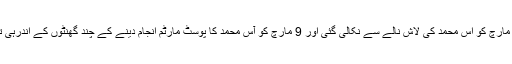
انہوں نے بتایا کہ 1 مارچ کو آس محمد کی لاش نالے سے نکالی گئی اور 9 مارچ کو آس محمد کا پوسٹ مارٹم انجام دینے کے چند گھنٹوں کے اندرہی تدفین کردی گئی ہے۔